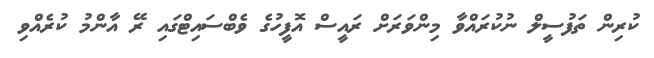
ކުރިން ތަފުސީލް ނުކުރައްވާ މިންވަރަށް ރައީސް އޮފީހުގެ ވެބްސައިޓްގައި ރޭ އާންމު ކުރެއްވި